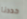
حددنا